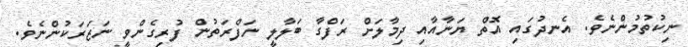
ނިކުތުމުންނެވެ. އެނދުގައި އޮތް ޔަނާއާއި ދިމާލަށް ރަފްގާ ބަލާލީ ނަފްރަތުން ފުރިގެންވީ ނަޒަރަކުންނެވެ.